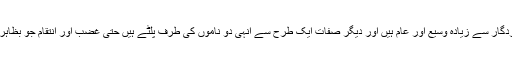
ان دو ناموں میں ایسی وسعت اور عمومیت ہے کہ دیگر اسمائے پروردگار سے زیادہ وسیع اور عام ہیں اور دیگر صفات ایک طرح سے انہی دو ناموں کی طرف پلٹے ہیں حتی غضب اور انتقام جو بظاہر ان دو اسم و صفت کے مدمقابل ہیں، وہ بھی انہی کی طرف پلٹے ہیں۔